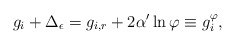
\begin{align*}g_i + \Delta_\epsilon = g_{i,r} +2\alpha'\ln\varphi \equiv g_{i}^\varphi,\end{align*}